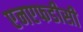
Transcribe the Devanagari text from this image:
एनएफडीसी